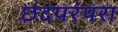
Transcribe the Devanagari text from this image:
छंदपरंपरा